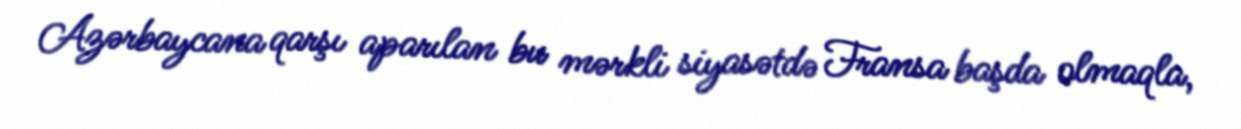
Azərbaycana qarşı aparılan bu mərkli siyasətdə Fransa başda olmaqla,